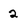
Character: 2